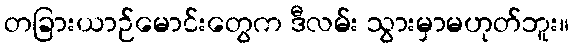
တခြားယာဉ်မောင်းတွေက ဒီလမ်း သွားမှာမဟုတ်ဘူး။